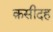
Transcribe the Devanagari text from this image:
क़सीदह